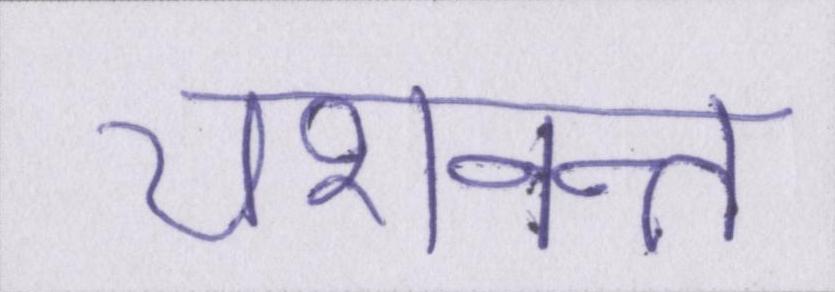
यशवन्त